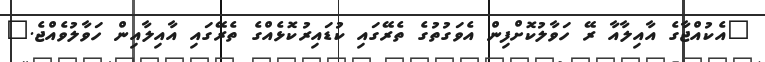
"އެކުއްޖާގެ އާއިލާއާ ރޭ ހަވާލުކޮށްފިން އެވަގުތުގެ ތެރޭގައި ކުޑައިރުކޮޅެއްގެ ތެރޭގައި އާއިލާއިން ހަވާލުވެއްޖެ."